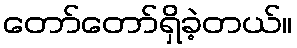
တော်တော်ရှိခဲ့တယ်။